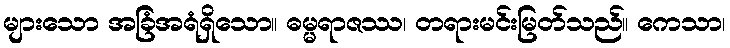
များသော အခြံအရံရှိသော။ ဓမ္မရာဇဿ၊ တရားမင်းမြတ်သည်။ ကေသာ၊